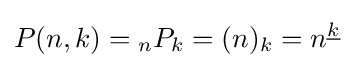
P(n,k)={_{n}}P_{k}=(n)_{k}=n^{\underline {k}}